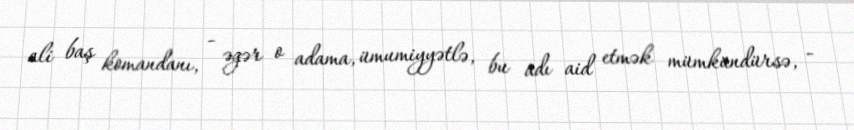
ali baş komandanı, - əgər o adama, ümumiyyətlə, bu adı aid etmək mümkündürsə, -